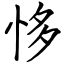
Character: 恀